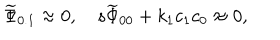
{ \widetilde \Phi } _ { 0 . 1 } \approx 0 , \quad s { \widetilde \Phi } _ { 0 0 } + k _ { 1 } c _ { 1 } c _ { 0 } \approx 0 ,